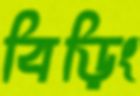
বিড়িং